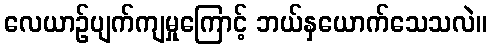
လေယာဉ်ပျက်ကျမှုကြောင့် ဘယ်နှယောက်သေသလဲ။